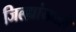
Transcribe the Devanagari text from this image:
जिल्ह्यांमधले